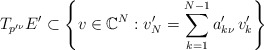
\begin{align*}T_{p'^\nu} E' \subset \left\{v \in \mathbb C^N : v'_N = \sum_{k=1}^{N-1} a'_{k\nu}\,v'_{k} \right\}\end{align*}